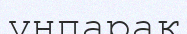
үнпарақ